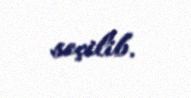
seçilib.